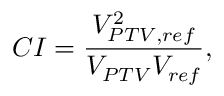
C I = \frac { V _ { P T V , r e f } ^ { 2 } } { V _ { P T V } V _ { r e f } } ,